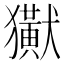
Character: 𤣊